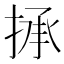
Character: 𢮋